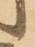
候